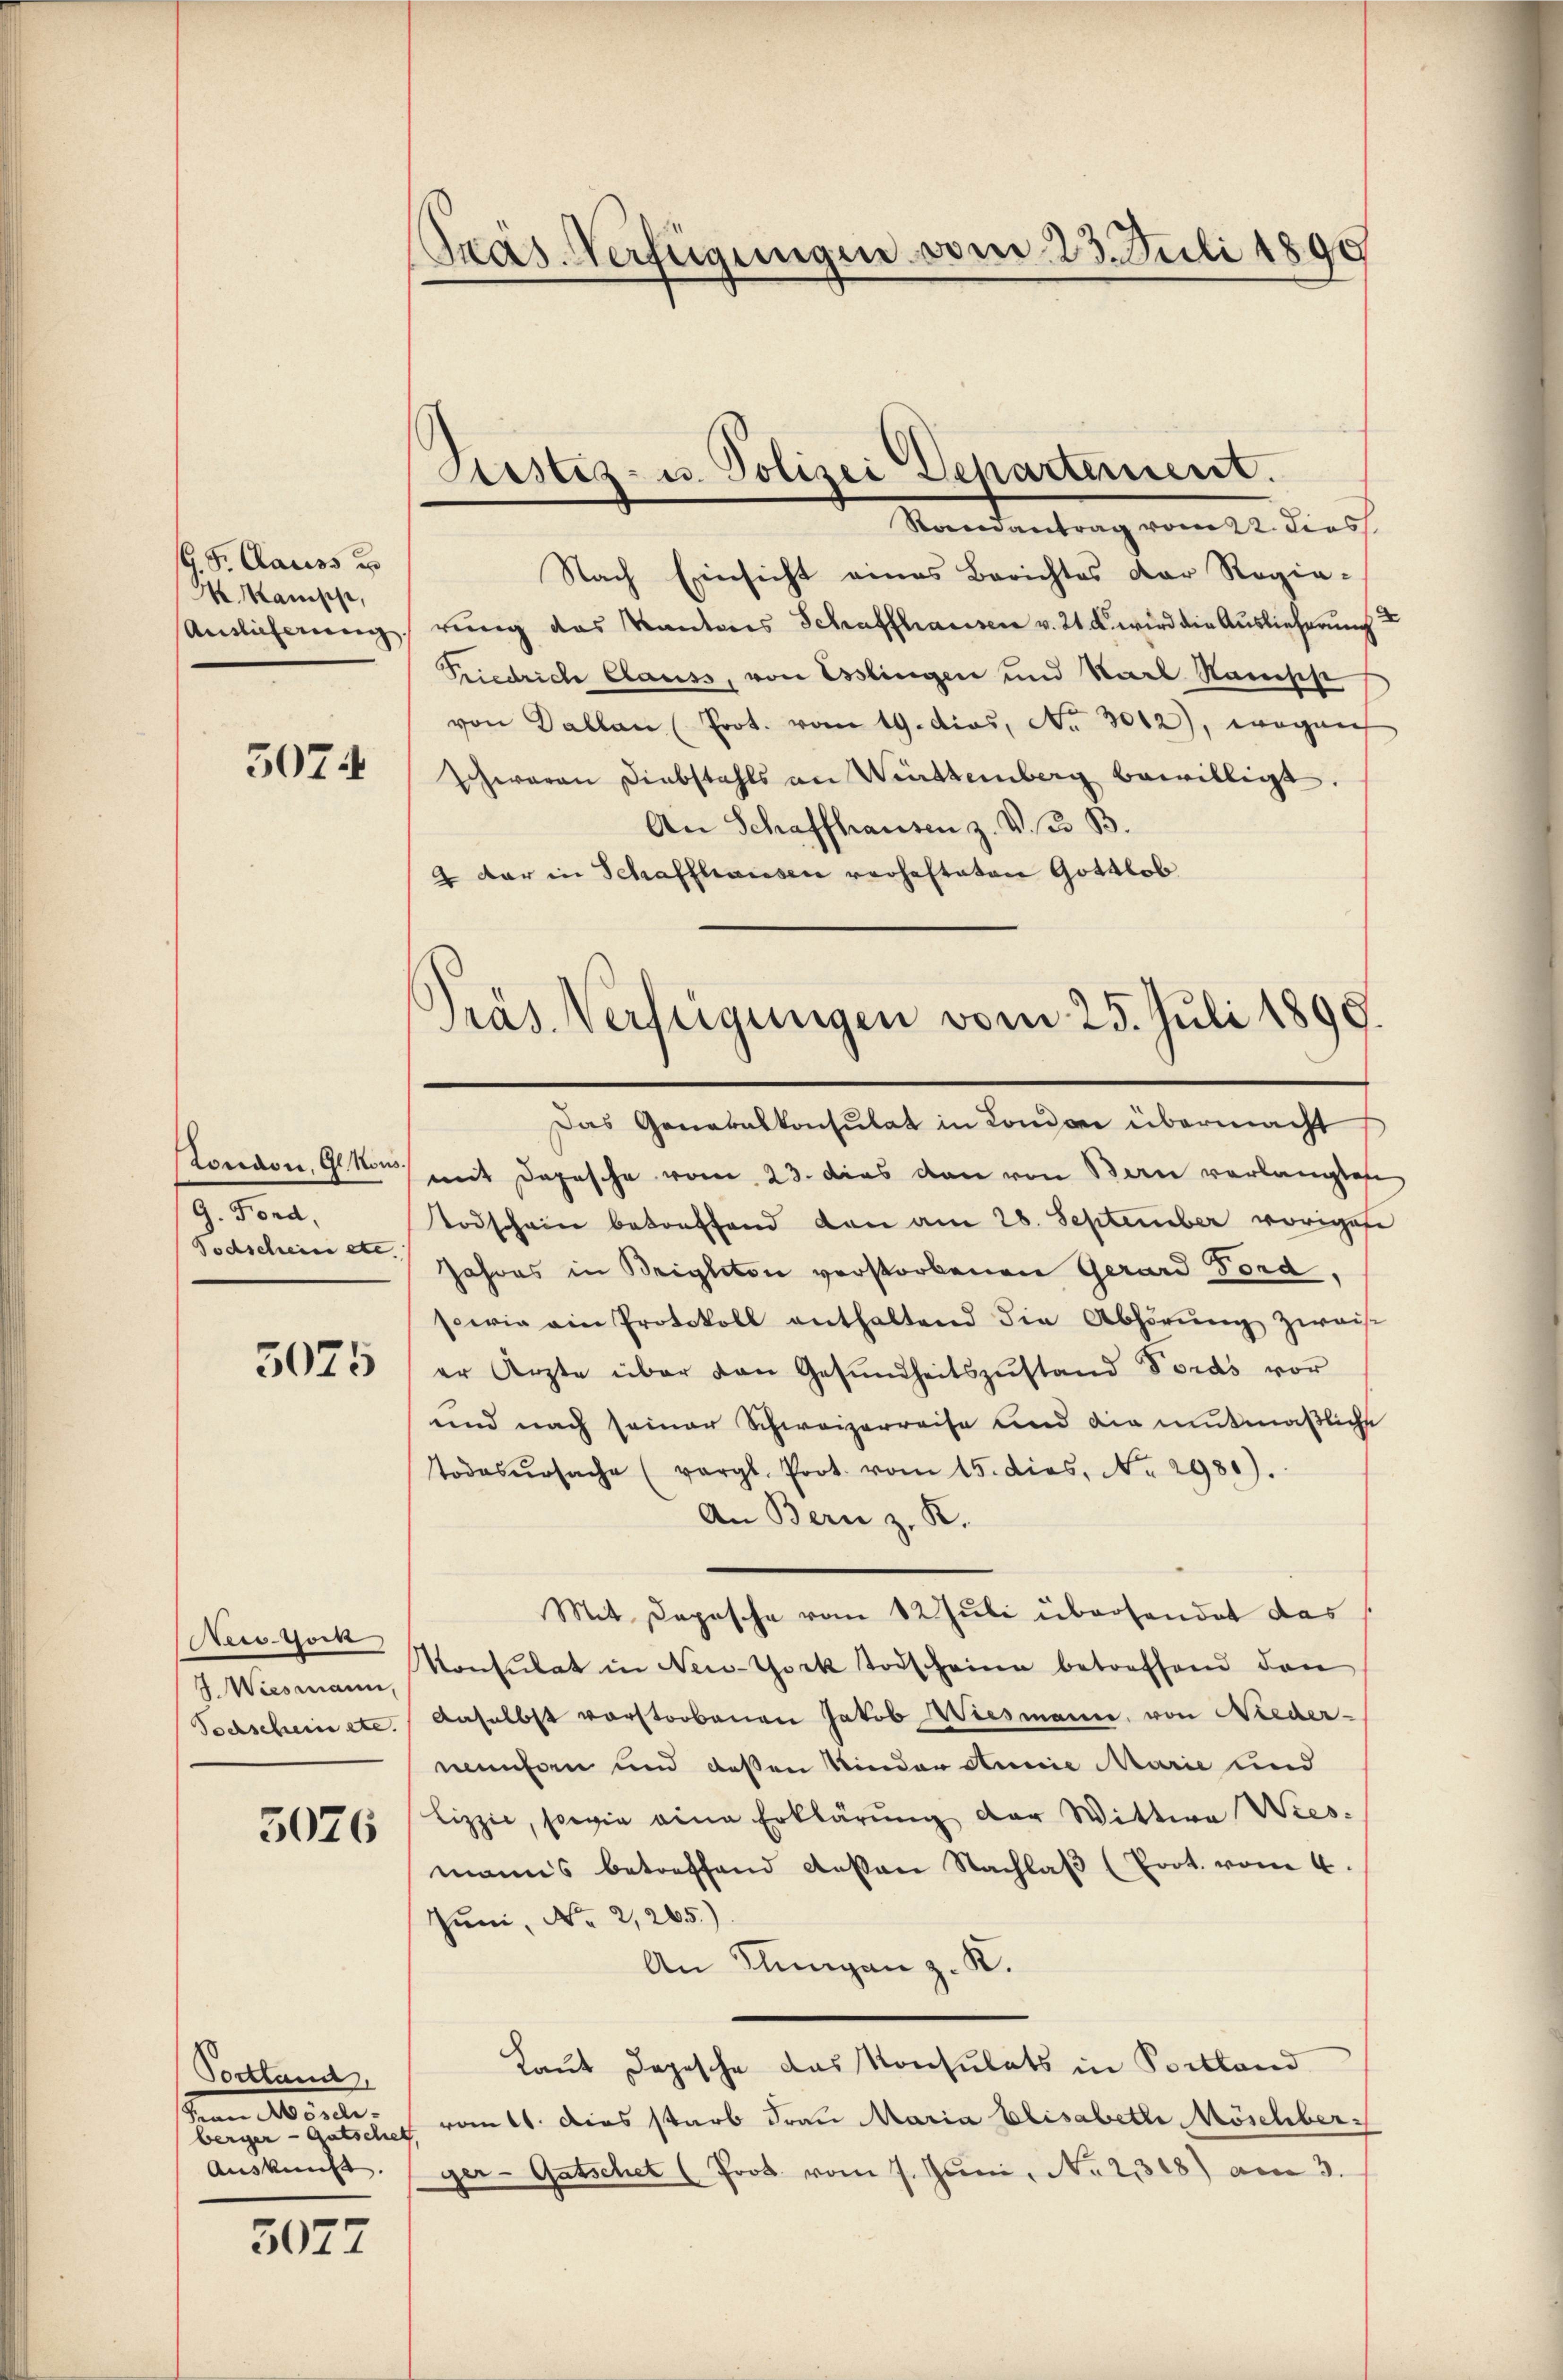
G. P. Clauss u
M. Kamische,
Auslieferung

3074

London, Gl. Nous.
9. Ford,
Todschein etc.

5075

Nestock,
J. Wiesmann
Tochschein etc.

5076

Portland.
dem Mörde.
berger - Gutschet.
Auskunft.

3027

Gras Verfügungen vom 23. Juli 1890

Liestez- u. Polizei Departement.

Samantrag vom 22. dies
Nach Einsicht eines Berichtes der Regie-
rung des Kantons Schaffhausen v. 21. d. wird die Auslieferung u
Friedrich Clauss, von Esslingen und Karl Rausche
von Dallen (Prot. vom 19. dies, No 3012), wogenh
waren Diebstahls an Winttemberg bewilligt.
An Schaffhausen z. V. B.
4 dar in Schaffhausen verhafteten Gottlob
Das Generalkonsulat in London übermacht
mit Depesche vom 23. das den von Bern verlangtehe
Todschein betreffend dann am 28. September vorigese
Jahres in Briglton verstorbenen Gerard Ford
sowie ain Protokoll enthaltend die Abhörŭng zwaise
er Ärzte über den Gesŭndheitszŭstand Toras vor
und nach seiner Schweizerreise und die mutmaßliche
Todesursache (vergl. Prot. vom 15. dies. No. 2980).
An Bern z. K.
Mit Depesche vom 12. Juli überhandet das
Konsulat in New-York Todscheine betreffend den
daselbst vorstorbenen Jakob Wiesmanne, von Nieder-
menforn und deßen Kinder Annie Marie und
Lizzie, sowie eine Erklärung der Wittwe Wies-
manns betreffend deßen Nachlaβ (Prot. vom 4.
Juni, No 2,265)
An Klingen z. K.
Laut Depesche das Konsulats in Portland
ront. Dies starb Frau Maria Elisabethe Möschber
ger-Gatschet (Prot. vom 7. Juni, No 2318) am 3.

Präs. Verfügungen vom 25. Juli 1899.